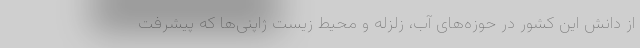
از دانش این کشور در حوزه‌های آب، زلزله و محیط زیست ژاپنی‌ها که پیشرفت